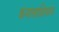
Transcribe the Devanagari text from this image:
कंपासाशिवाय